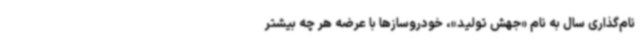
نام‌گذاری سال به نام «جهش تولید»، خودروسازها با عرضه هر چه بیشتر